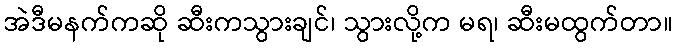
အဲဒီမနက်ကဆို ဆီးကသွားချင်၊ သွားလို့က မရ၊ ဆီးမထွက်တာ။